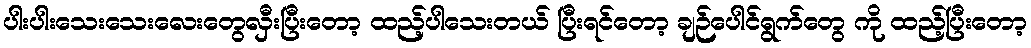
ပါးပါးသေးသေးလေးတွေလှီးပြီးတော့ ထည့်ပါသေးတယ် ပြီးရင်တော့ ချဉ်ပေါင်ရွက်တွေ ကို ထည့်ပြီးတော့